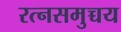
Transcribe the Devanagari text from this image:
रत्नसमुच्चय